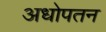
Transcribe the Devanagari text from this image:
अधोपतन